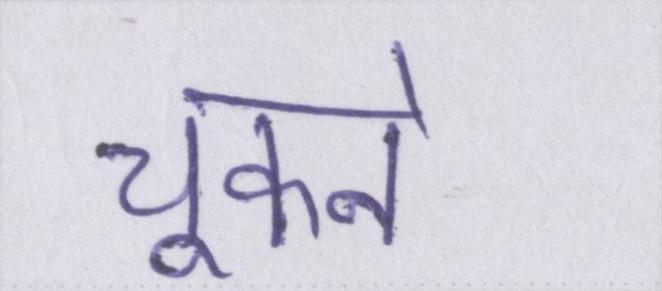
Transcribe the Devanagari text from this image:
चूकने